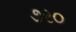
૭ર૦